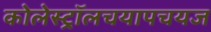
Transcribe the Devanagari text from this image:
कोलेस्ट्रॉलचयापचयज